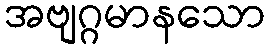
အဗျဂ္ဂမာနသော